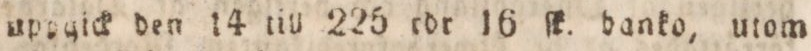
uppgick den 14 till 225 rdr 16 ſk. banko, utom